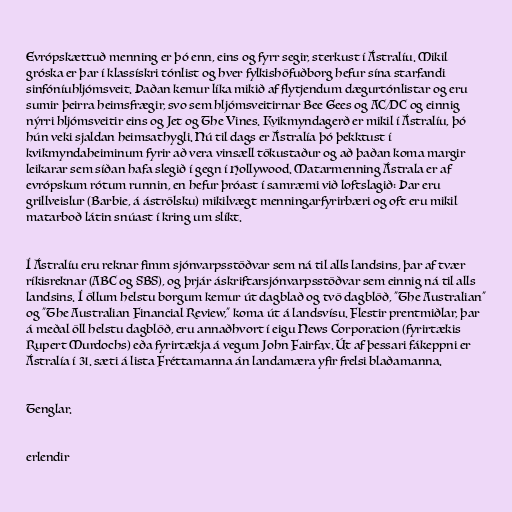
Evrópskættuð menning er þó enn, eins og fyrr segir, sterkust í Ástralíu. Mikil
gróska er þar í klassískri tónlist og hver fylkishöfuðborg hefur sína starfandi
sinfóníuhljómsveit. Þaðan kemur líka mikið af flytjendum dægurtónlistar og eru
sumir þeirra heimsfrægir, svo sem hljómsveitirnar Bee Gees og AC/DC og einnig
nýrri hljómsveitir eins og Jet og The Vines. Kvikmyndagerð er mikil í Ástralíu, þó
hún veki sjaldan heimsathygli. Nú til dags er Ástralía þó þekktust í
kvikmyndaheiminum fyrir að vera vinsæll tökustaður og að þaðan koma margir
leikarar sem síðan hafa slegið í gegn í Hollywood. Matarmenning Ástrala er af
evrópskum rótum runnin, en hefur þróast í samræmi við loftslagið: Þar eru
grillveislur (Barbie, á áströlsku) mikilvægt menningarfyrirbæri og oft eru mikil
matarboð látin snúast í kring um slíkt.

Í Ástralíu eru reknar fimm sjónvarpsstöðvar sem ná til alls landsins, þar af tvær
ríkisreknar (ABC og SBS), og þrjár áskriftarsjónvarpsstöðvar sem einnig ná til alls
landsins. Í öllum helstu borgum kemur út dagblað og tvö dagblöð, "The Australian"
og "The Australian Financial Review," koma út á landsvísu. Flestir prentmiðlar, þar
á meðal öll helstu dagblöð, eru annaðhvort í eigu News Corporation (fyrirtækis
Rupert Murdochs) eða fyrirtækja á vegum John Fairfax. Út af þessari fákeppni er
Ástralía í 31. sæti á lista Fréttamanna án landamæra yfir frelsi blaðamanna.

Tenglar.

erlendir